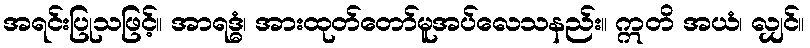
အရင်းပြုသဖြင့်။ အာရဒ္ဓံ၊ အားထုတ်တော်မူအပ်လေသနည်း။ ဣတိ အယံ၊ လျှင်။